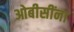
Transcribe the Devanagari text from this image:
ओबीसींना